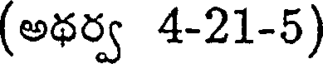
(అథర్వ 4-21-5)